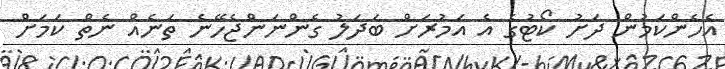
އެހެންކަމުން ދަށު ކޯޓުގެ އެ އަމުރަށް ބަދަލު ގެންނަންޖެހޭނެ ތަނެއް ނެތް ކަމަށް